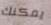
يمكنك